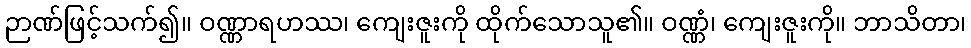
ဉာဏ်ဖြင့်သက်၍။ ဝဏ္ဏာရဟဿ၊ ကျေးဇူးကို ထိုက်သောသူ၏။ ဝဏ္ဏံ၊ ကျေးဇူးကို။ ဘာသိတာ၊